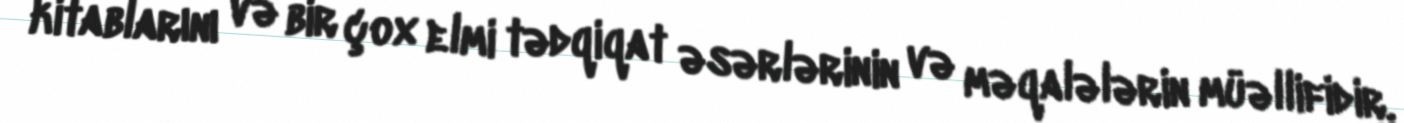
kitablarını və bir çox elmi tədqiqat əsərlərinin və məqalələrin müəllifidir.